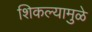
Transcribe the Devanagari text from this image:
शिकल्यामुळे